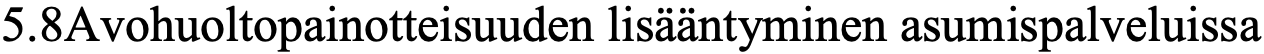
5.8Avohuoltopainotteisuuden lisääntyminen asumispalveluissa